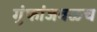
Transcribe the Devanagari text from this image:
गुंफांजवळच